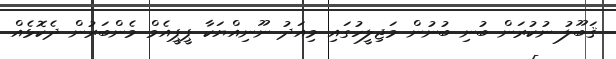
ޤަބޫލު ނުކުރަން ބުނި ބުނުން މަޖިލީހުގައި މިއަދު ނޫނިއްޔަކާ ޕީޕީއެމް މެންބަރުން ދެކޮޅެއް